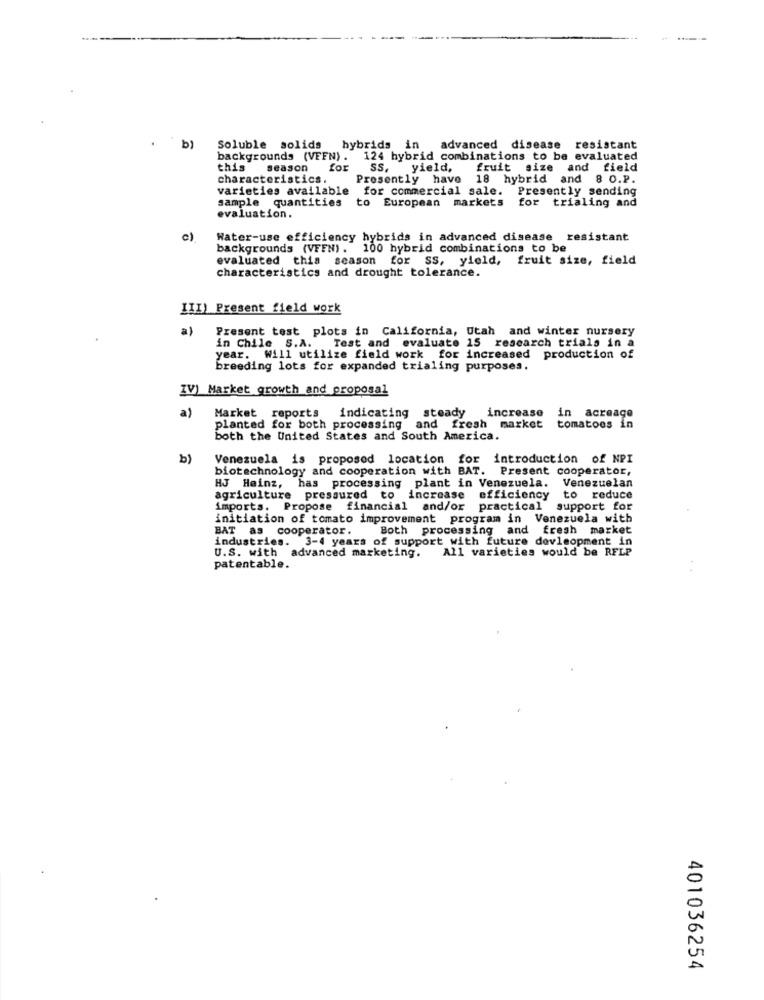
b)
Soluble solids
hybrids in
advanced disease resistant
backgrounds (VEFN) .
124 hybrid combinations to be evaluated
this
season for
SS.
yield,
fruit size and field
characteristics.
Presently have 18 hybrid and 8 O.P.
varieties available for commercial sale. Presently sending
sample quantities to European markets
for trialing and
evaluation.
c)
Water-use efficiency hybrids in advanced disease resistant
backgrounds (VFFN) . 100 hybrid combinations to be
evaluated this season for SS, yield, fruit size, field
characteristics and drought tolerance.
III) Present field work
a)
Present test plots in California, Utah and winter nursery
in Chile S.A. Test and evaluate 15 research trials in a
year. Will utilize field work for increased production of
breeding lots for expanded trialing purposes.
IV) Market growth and proposal
a)
Market reports
indicating steady increase
in acreage
planted for both processing and fresh market
tomatoes in
both the United States and South America.
b)
Venezuela is proposed location for introduction of NPI
biotechnology and cooperation with BAT. Present cooperator,
HJ Heinz, has processing plant in Venezuela. Venezuelan
agriculture pressured to increase efficiency to reduce
imports. Propose financial and/or practical support for
initiation of tomato improvement program in Venezuela with
BAT as cooperator.
Both processing and fresh market
industries. 3-4 years of support with future dovleopment in
U.S. with advanced marketing.
All varieties would be RFLP
patentable.
401036254